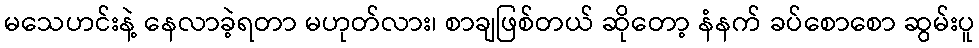
မသေဟင်းနဲ့ နေလာခဲ့ရတာ မဟုတ်လား၊ စာချဖြစ်တယ် ဆိုတော့ နံနက် ခပ်စောစော ဆွမ်းပူ